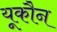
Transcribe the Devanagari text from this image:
यूकौन